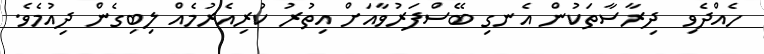
ހެއްދެވި  ދިރާސާތަކުން އެނގި ބޭސްފަރުވާއަށް އިތުރު ކުރިއެރުމެއް ލިބިގެން ދިއުމެވެ.